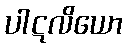
ပါဋလိယော